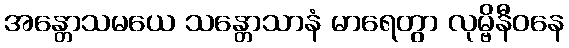
အန္တောသမယေ သန္တောသာနံ မာရေတွာ လုမ္ဗိနီဝနေ